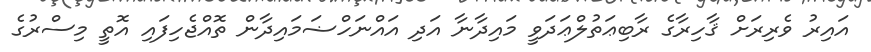
އައިރު ވެރިރަށް ޤާހިރާގެ ރާބިޢަތުލްޢަދަވީ މައިދާނާ އަދި އައްނަހްޟަމައިދާން ތޮއްޖެހިފައި އޮތީ މިސްރުގެ